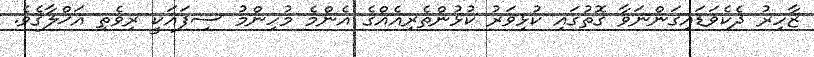
ޒާހިރު ދެކެވަޑައިގަންނަވާ ގޮތުގައި ކުޅިވަރު ކުޅުންތެރިއެއްގެ އެންމެ މުހިންމު ސިފައަކީ ރިވެތި އަޚްލާޤެވެ.